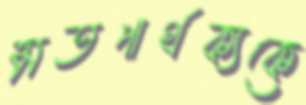
মতপার্থক্যকে